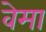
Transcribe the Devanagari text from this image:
वेमा